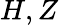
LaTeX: H,Z